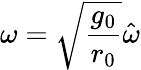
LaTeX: \omega=\sqrt{\frac{g_{0}}{r_{0}}}\hat{\omega}